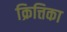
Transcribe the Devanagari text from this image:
क्रित्तिका